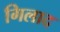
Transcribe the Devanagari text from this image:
गिलाद